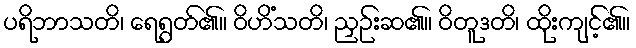
ပရိဘာသတိ၊ ရေရွတ်၏။ ဝိဟိံသတိ၊ ညှဉ်းဆ၏။ ဝိတူဒတိ၊ ထိုးကျင့်၏။